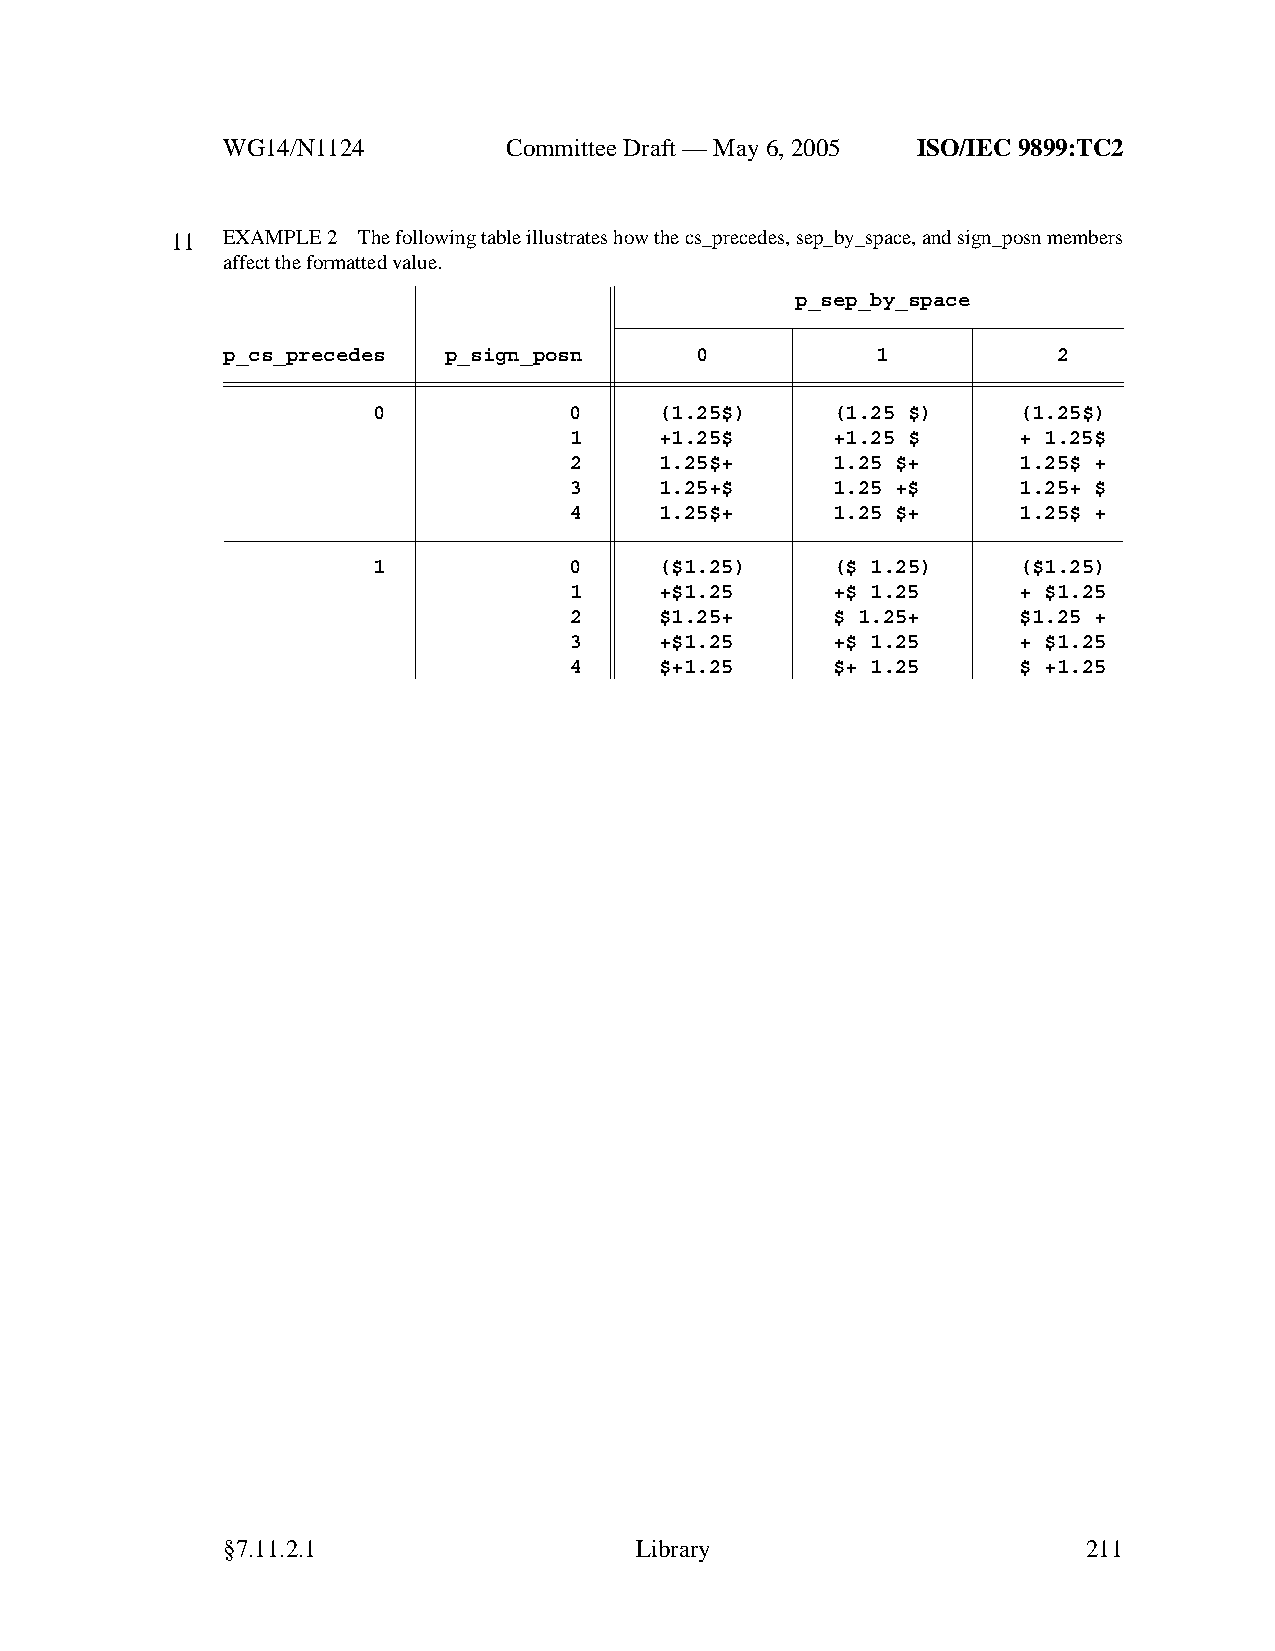
WG14/N1124        CommitteeDraft — May 6, 2005 ISO/IEC 9899:TC2
 11  EXAMPLE 2 The following table illustrates howthe cs_precedes, sep_by_space, and sign_posn members
 affect the formatted value.
 p_sep_by_space
 p_cs_precedes p_sign_posn      0           1           2
 0            0     (1.25$)    (1.25 $)    (1.25$)
 1     +1.25$     +1.25 $     + 1.25$
 2     1.25$+     1.25 $+     1.25$ +
 3     1.25+$     1.25 +$     1.25+ $
 4     1.25$+     1.25 $+     1.25$ +
 1            0     ($1.25)    ($ 1.25)    ($1.25)
 1     +$1.25     +$ 1.25     + $1.25
 2     $1.25+     $ 1.25+     $1.25 +
 3     +$1.25     +$ 1.25     + $1.25
 4     $+1.25     $+ 1.25     $ +1.25
 §7.11.2.1                  Library                       211